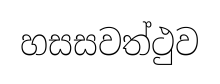
හසසවත්ථුව